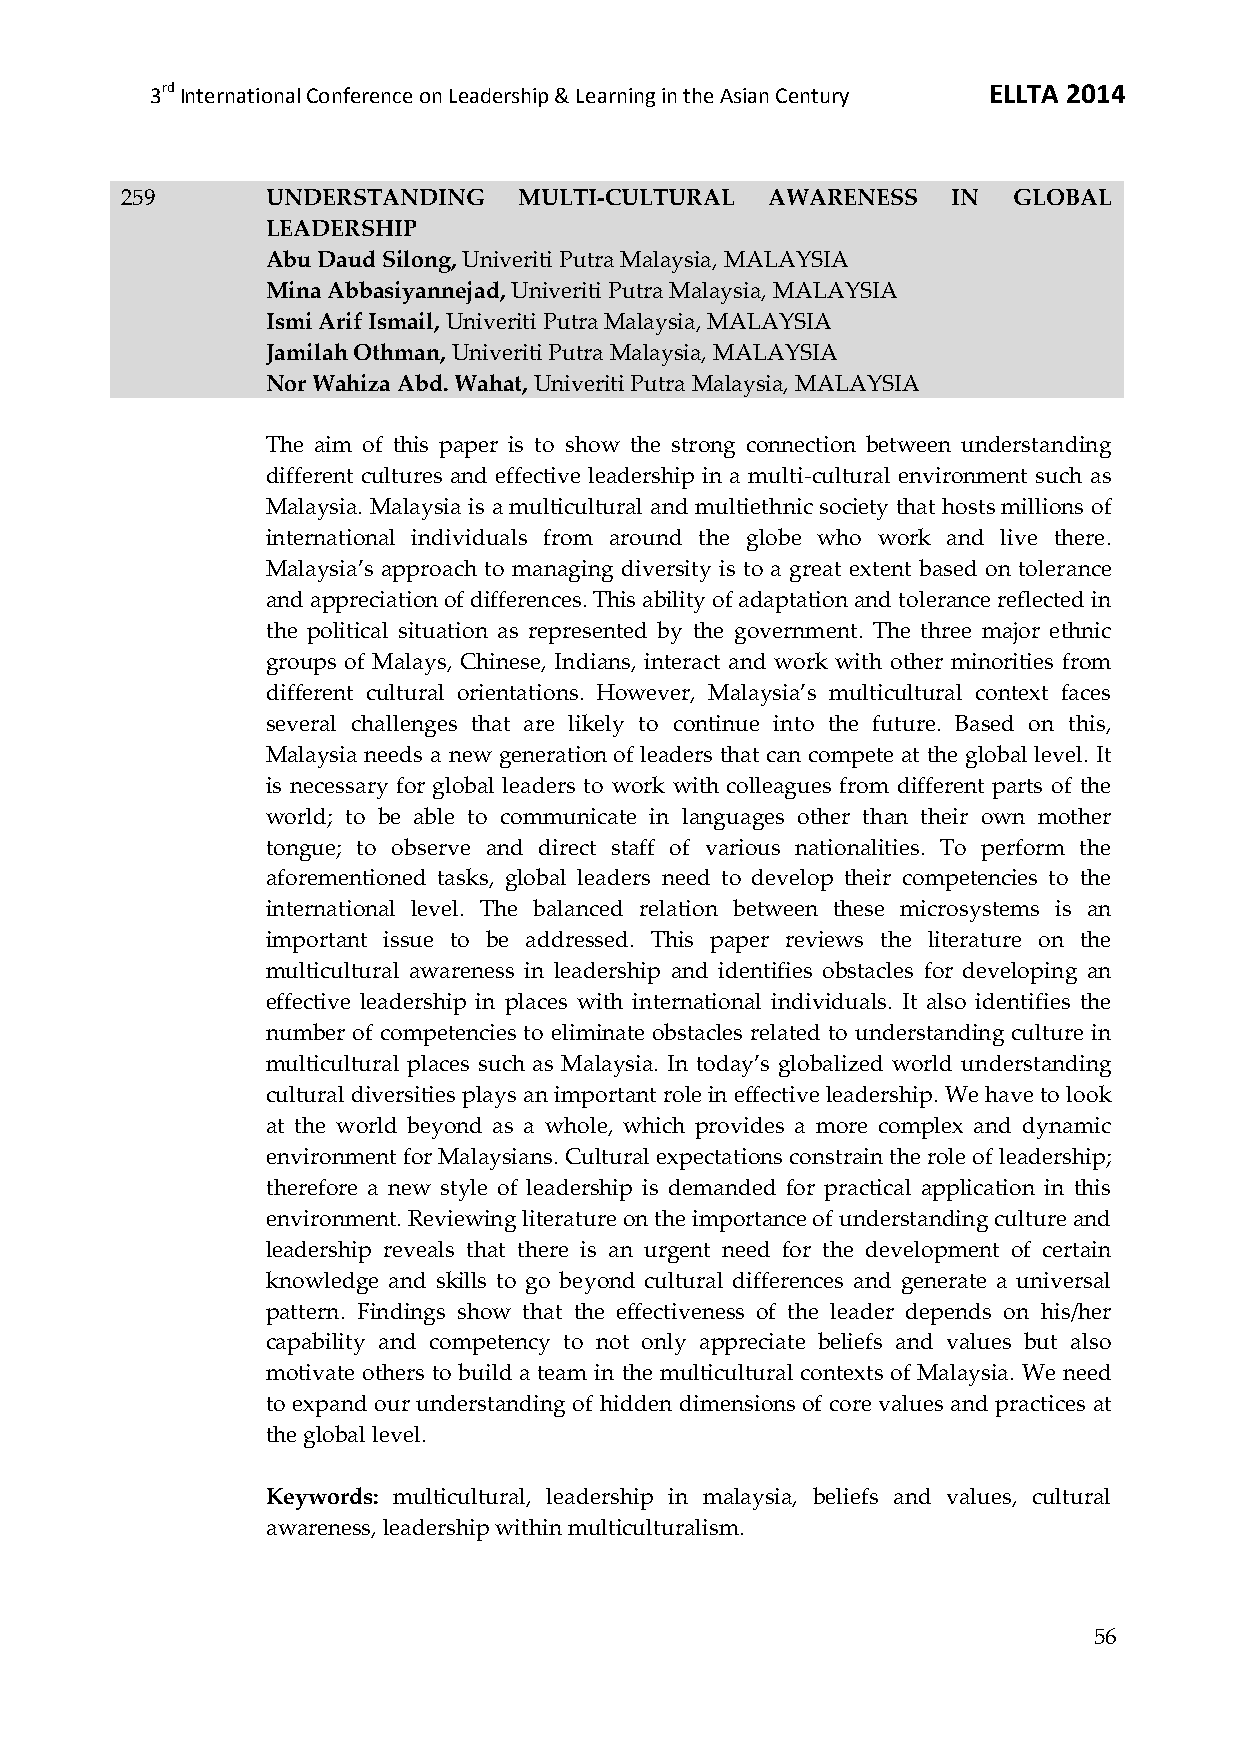
3rd International Conference on Leadership & Learning in the Asian Century ELLTA 2014
 259       UNDERSTANDING   MULTI-CULTURAL   AWARENESS   IN  GLOBAL
 LEADERSHIP
 Abu Daud Silong, Univeriti Putra Malaysia, MALAYSIA
 Mina Abbasiyannejad, Univeriti Putra Malaysia, MALAYSIA
 Ismi Arif Ismail, Univeriti Putra Malaysia, MALAYSIA
 Jamilah Othman, Univeriti Putra Malaysia, MALAYSIA
 Nor Wahiza Abd. Wahat, Univeriti Putra Malaysia, MALAYSIA
 The aim of this paper is to show the strong connection between understanding
 different cultures and effective leadership in a multi-cultural environment such as
 Malaysia. Malaysia is a multicultural and multiethnic society that hosts millions of
 international individuals from around the globe who work and live there.
 Malaysia’s approach to managing diversity is to a great extent based on tolerance
 and appreciation of differences. This ability of adaptation and tolerance reflected in
 the political situation as represented by the government. The three major ethnic
 groups of Malays, Chinese, Indians, interact and work with other minorities from
 different cultural orientations. However, Malaysia’s multicultural context faces
 several challenges that are likely to continue into the future. Based on this,
 Malaysia needs a new generation of leaders that can compete at the global level. It
 is necessary for global leaders to work with colleagues from different parts of the
 world; to be able to communicate in languages other than their own mother
 tongue; to observe and direct staff of various nationalities. To perform the
 aforementioned tasks, global leaders need to develop their competencies to the
 international level. The balanced relation between these microsystems is an
 important issue to be addressed. This paper reviews the literature on the
 multicultural awareness in leadership and identifies obstacles for developing an
 effective leadership in places with international individuals. It also identifies the
 number of competencies to eliminate obstacles related to understanding culture in
 multicultural places such as Malaysia. In today’s globalized world understanding
 cultural diversities plays an important role in effective leadership. We have to look
 at the world beyond as a whole, which provides a more complex and dynamic
 environment for Malaysians. Cultural expectations constrain the role of leadership;
 therefore a new style of leadership is demanded for practical application in this
 environment. Reviewing literature on the importance of understanding culture and
 leadership reveals that there is an urgent need for the development of certain
 knowledge and skills to go beyond cultural differences and generate a universal
 pattern. Findings show that the effectiveness of the leader depends on his/her
 capability and competency to not only appreciate beliefs and values but also
 motivate others to build a team in the multicultural contexts of Malaysia. We need
 to expand our understanding of hidden dimensions of core values and practices at
 the global level.
 Keywords: multicultural, leadership in malaysia, beliefs and values, cultural
 awareness, leadership within multiculturalism.
 56